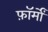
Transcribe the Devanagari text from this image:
फ़ॉर्मों